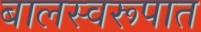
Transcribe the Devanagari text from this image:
बालस्वरूपात